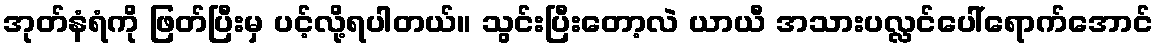
အုတ်နံရံကို ဖြတ်ပြီးမှ ပင့်လို့ရပါတယ်။ သွင်းပြီးတော့လဲ ယာယီ အသားပလ္လင်ပေါ်ရောက်အောင်